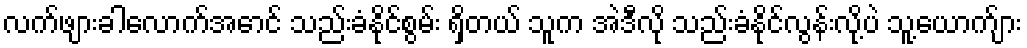
လက်ဖျားခါလောက်အောင် သည်းခံနိုင်စွမ်း ရှိတယ် သူက အဲဒီလို သည်းခံနိုင်လွန်းလို့ပဲ သူ့ယောက်ျား